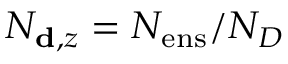
N _ { \mathbf { d } , z } = N _ { \mathrm { e n s } } / N _ { D }